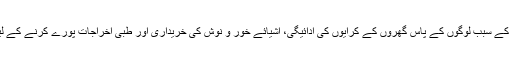
ذریعہ آمدن نہ ہونے کے سبب لوگوں کے پاس گھروں کے کرایوں کی ادائیگی، اشیائے خور و نوش کی خریداری اور طبّی اخراجات پورے کرنے کے لیے پیسے نہیں تھے۔